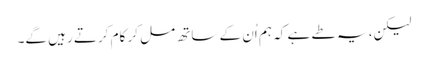
لیکن، یہ طے ہے کہ ہم اُن کے ساتھ مل کر کام کرتے رہیں گے۔